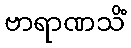
ဗာရာဏသိံ